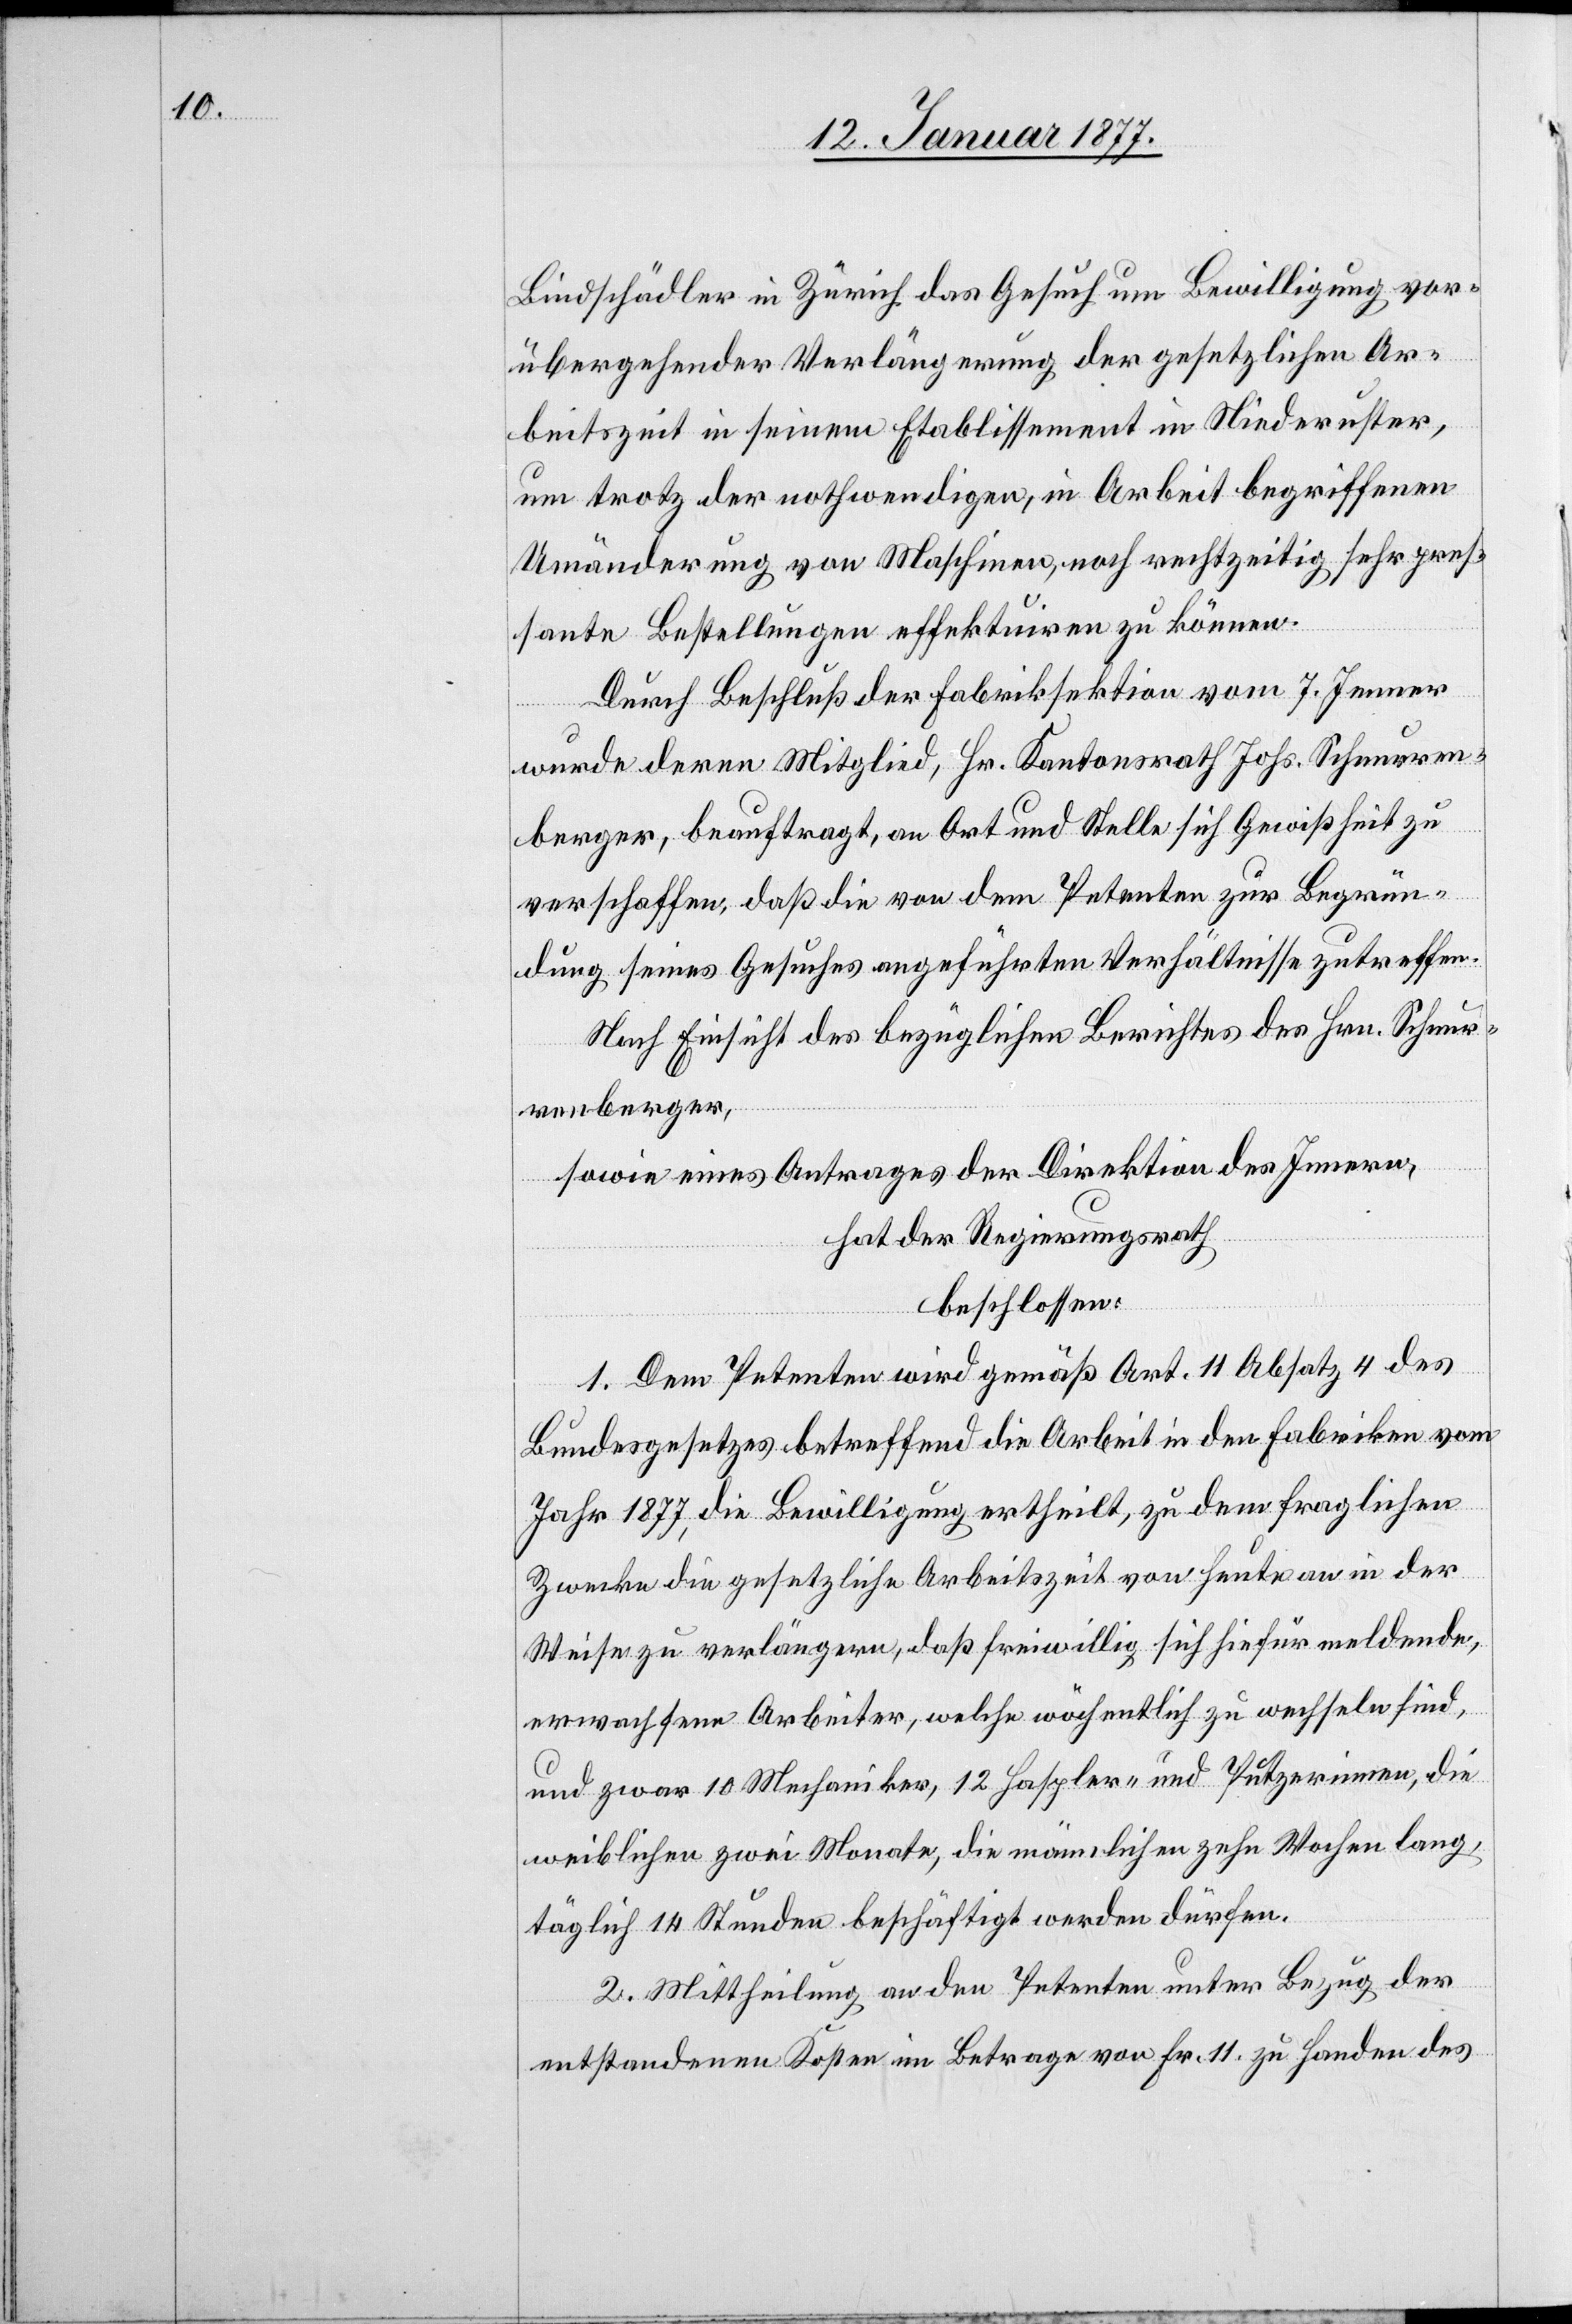
Bindschädler in Zürich das Gesuch um Bewilligung vor¬
übergehender Verlängerung der gesetzlichen Ar¬
beitszeit in seinem Etablissement in Niederuster,
um trotz der nothwendigen, in Arbeit begriffenen
Umänderung von Maschinen, noch rechtzeitig sehr pres¬
sante Bestellungen effektuiren zu können.
Durch Beschluß der Fabriksektion vom 7 Jenner
wurde deren Mitglied, Hr. Kantonsrath Johs. Schnurren¬
berger, beauftragt, an Ort und Stelle sich Gewißheit zu
verschaffen, daß die von dem Petenten zur Begrün¬
dung seines Gesuches angeführten Verhältnisse zu treffen.
Nach Einsicht des bezüglichen Berichtes des Hrn. Schnur¬
renberger,
sowie eines Antrages der Direktion des Innern,
hat der Regierungsrath,
beschlossen:
1. Dem Petenten wird gemäß Art. 11 Absatz 4 des
Bundesgesetzes betreffend die Arbeit in den Fabriken vom
Jahr 1877, die Bewilligung ertheilt, zu dem fraglichen
Zwecke die gesetzliche Arbeitszeit von heute an in der
Weise zu verlängern, daß freiwillig sich hiefür meldende,
erwachsene Arbeiter, welche wöchentlich zu wechseln sind,
und zwar 10 Mechaniker, 12 Haspler- und Putzerinnen, die
weiblichen zwei Monate, die männlichen zehn Wochen lang,
täglich 14 Stunden beschäftigt werden dürfen.
2. Mittheilung an den Petenten unter Bezug der
entstandenen Kosten im Betrage von Fr 11 zu Handen des